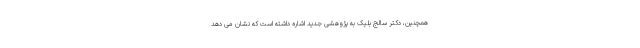
همچنین، دکتر سالج بلیک به پژوهشی جدید اشاره داشته است که نشان می دهد